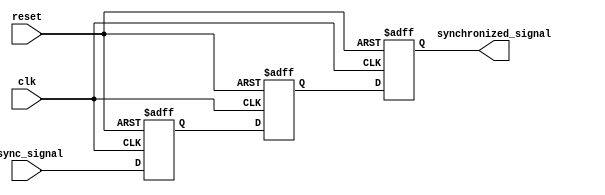
module cascade_synchronizer (
    input wire clk,
    input wire reset,
    input wire async_signal,
    output reg synchronized_signal
);

reg [2:0] ff1, ff2, ff3;

always @(posedge clk or posedge reset) begin
    if (reset) begin
        ff1 <= 3'b0;
        ff2 <= 3'b0;
        ff3 <= 3'b0;
    end else begin
        ff1 <= async_signal;
        ff2 <= ff1;
        ff3 <= ff2;
    end
end

assign synchronized_signal = ff3;

endmodule